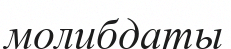
молибдаты